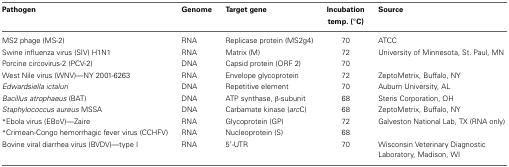
<table><thead><tr><td><b>Pathogen</b></td><td><b>Genome</b></td><td><b>Target gene</b></td><td><b>Incubation temp. (°C)</b></td><td><b>Source</b></td></tr></thead><tbody><tr><td>MS2 phage (MS-2)</td><td>RNA</td><td>Replicase protein (MS2g4)</td><td>70</td><td>ATCC</td></tr><tr><td>Swine influenza virus (SIV) H1N1</td><td>RNA</td><td>Matrix (M)</td><td>72</td><td>University of Minnesota, St. Paul, MN</td></tr><tr><td>Porcine circovirus-2 (PCV-2)</td><td>DNA</td><td>Capsid protein (ORF 2)</td><td>70</td><td></td></tr><tr><td>West Nile virus (WNV)—NY 2001-6263</td><td>RNA</td><td>Envelope glycoprotein</td><td>72</td><td>ZeptoMetrix, Buffalo, NY</td></tr><tr><td><i>Edwardsiella ictaluri</i></td><td>DNA</td><td>Repetitive element</td><td>70</td><td>Auburn University, AL</td></tr><tr><td><i>Bacillus atrophaeus</i> (BAT)</td><td>DNA</td><td>ATP synthase, β-subunit</td><td>68</td><td>Steris Corporation, OH</td></tr><tr><td><i>Staphylococcus aureus</i> MSSA</td><td>DNA</td><td>Carbamate kinase (<i>arc</i>C)</td><td>68</td><td>ZeptoMetrix, Buffalo, NY</td></tr><tr><td><sup>*</sup>Ebola virus (EBoV)—Zaire</td><td>RNA</td><td>Glycoprotein (GP)</td><td>72</td><td>Galveston National Lab, TX (RNA only)</td></tr><tr><td><sup>*</sup>Crimean-Congo hemorrhagic fever virus (CCHFV)</td><td>RNA</td><td>Nucleoprotein (S)</td><td>68</td><td></td></tr><tr><td>Bovine viral diarrhea virus (BVDV)—type I</td><td>RNA</td><td>5′-UTR</td><td>70</td><td>Wisconsin Veterinary Diagnostic Laboratory, Madison, WI</td></tr></tbody></table>